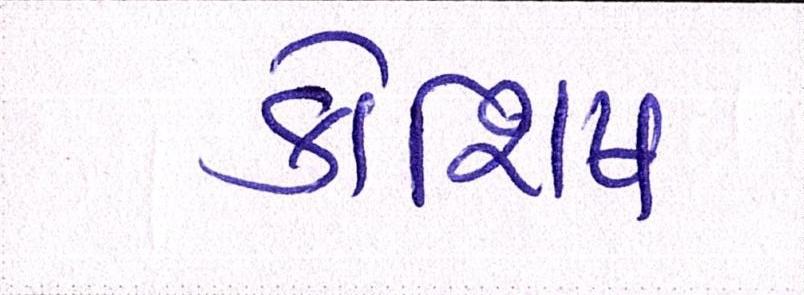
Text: કોશિષ